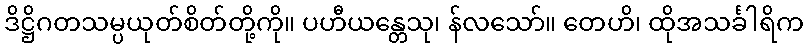
ဒိဋ္ဌိဂတသမ္ပယုတ်စိတ်တို့ကို။ ပဟီယန္တေသု၊ န်လသော်။ တေဟိ၊ ထိုအသင်္ခါရိက